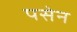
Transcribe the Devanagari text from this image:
पसेन